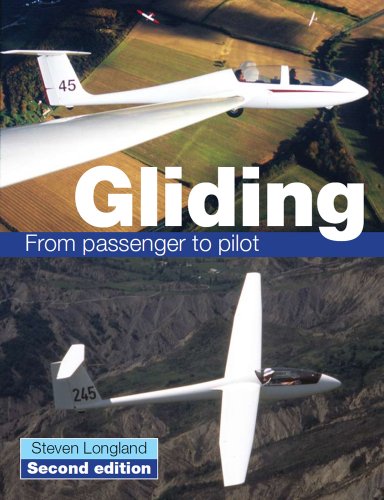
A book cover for Gliding: From Passenger to Pilot; Steve Longland; Sports & Outdoors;